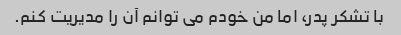
با تشکر پدر، اما من خودم می توانم آن را مدیریت کنم.